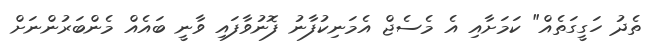
ތެދު ހަގީގަތެއް" ކަމަށާއި އެ މެސެޖް އެމަނިކުފާނު ފޮނުވާފައި ވާނީ ބައެއް މެންބަރުންނަށް